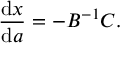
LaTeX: { \frac { { \mathrm { d } } x } { { \mathrm { d } } a } } = - B ^ { - 1 } C .